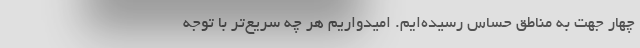
چهار جهت به مناطق حساس رسیده‌ایم. امیدواریم هر چه سریع‌تر با توجه